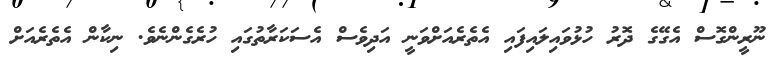
ނޫރީންގޮސް އެގޭގެ ދޮރު ހުޅުވައިލައިފައި އެތެރެއަށްވަނީ އަދިވެސް އެސަކަރާތުގައި ހުރެގެންނެވެ. ނިކާން އެތެރެއަށް